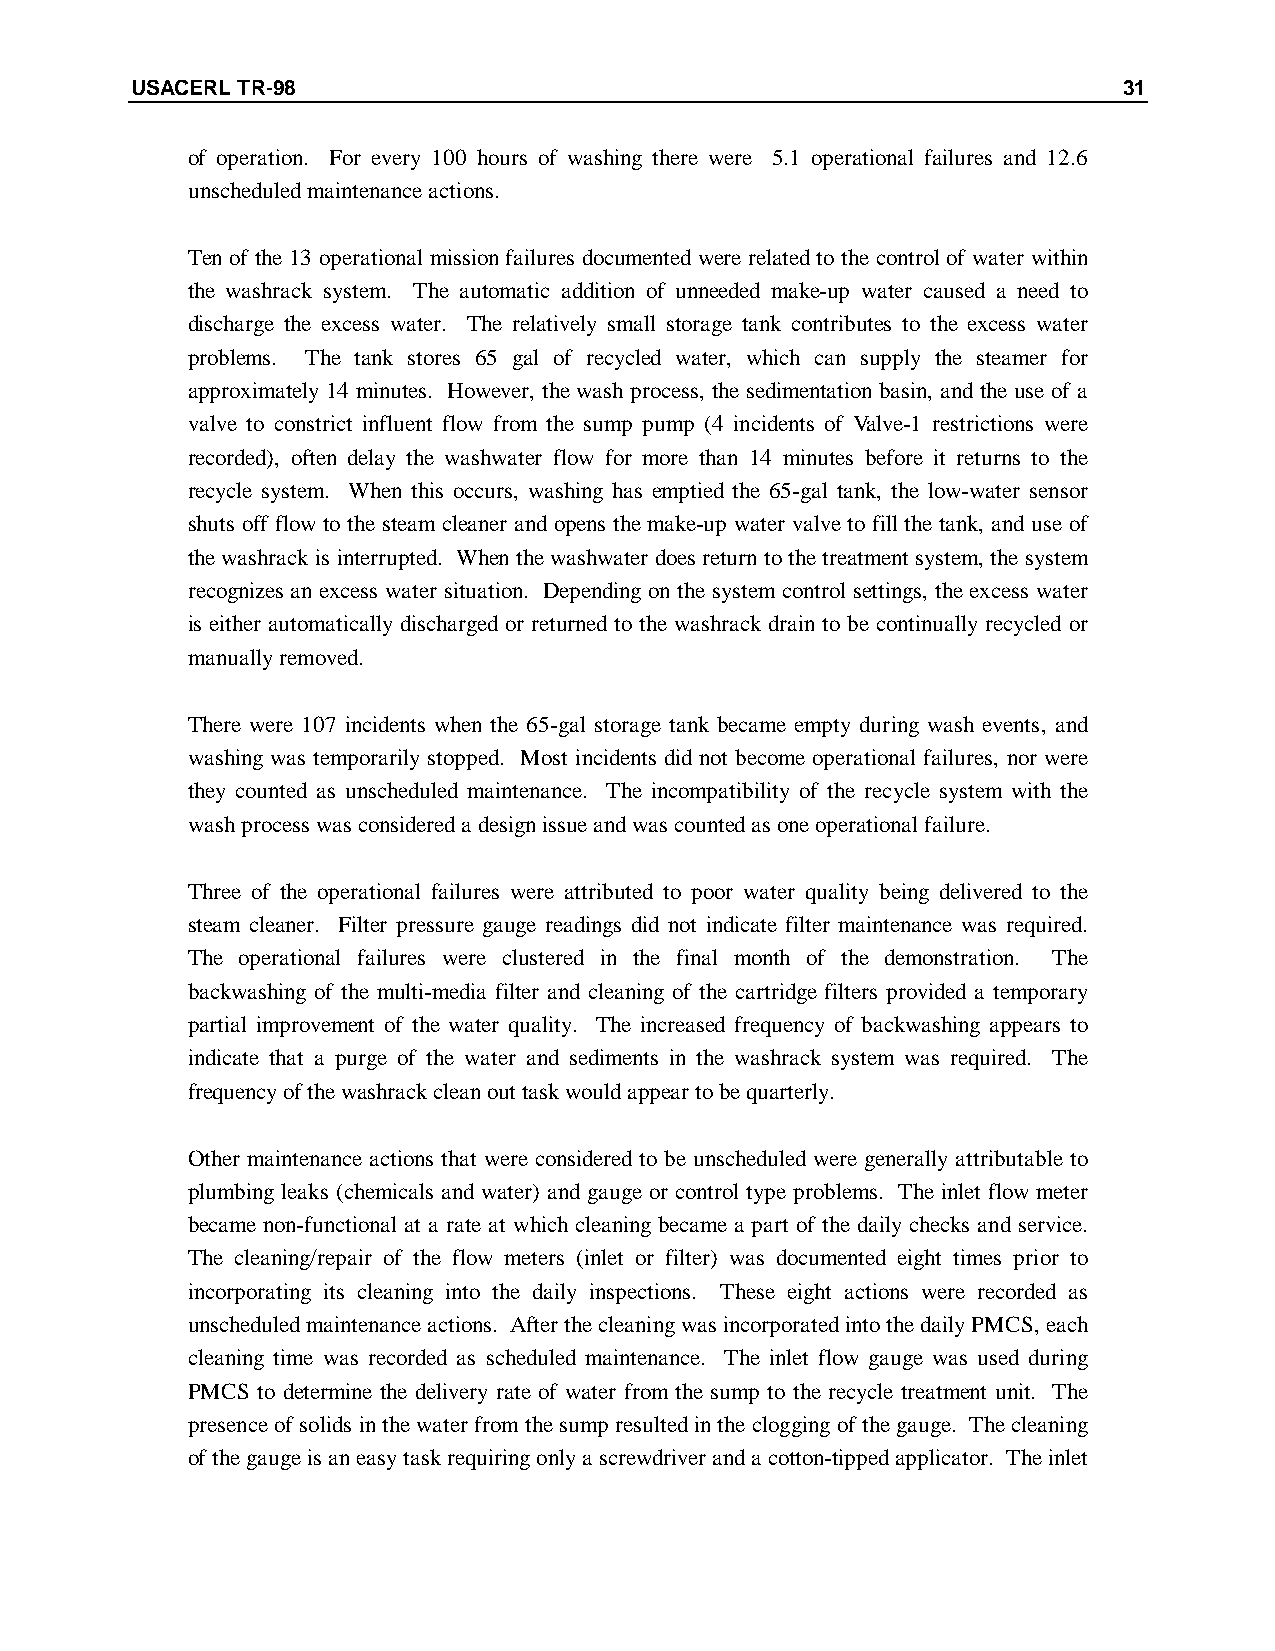
USACERL TR-98                                                    31
 of operation. For every 100 hours of washing there were 5.1 operational failures and 12.6
 unscheduled maintenance actions.
 Ten of the 13 operational mission failures documented were related to the control of water within
 the washrack system. The automatic addition of unneeded make-up water caused a need to
 discharge the excess water. The relatively small storage tank contributes to the excess water
 problems. The tank stores 65 gal of recycled water, which can supply the steamer for
 approximately 14 minutes. However, the wash process, the sedimentation basin, and the use of a
 valve to constrict influent flow from the sump pump (4 incidents of Valve-1 restrictions were
 recorded), often delay the washwater flow for more than 14 minutes before it returns to the
 recycle system. When this occurs, washing has emptied the 65-gal tank, the low-water sensor
 shuts off flow to the steam cleaner and opens the make-up water valve to fill the tank, and use of
 the washrack is interrupted. When the washwater does return to the treatment system, the system
 recognizes an excess water situation. Depending on the system control settings, the excess water
 is either automatically discharged or returned to the washrack drain to be continually recycled or
 manually removed.
 There were 107 incidents when the 65-gal storage tank became empty during wash events, and
 washing was temporarily stopped. Most incidents did not become operational failures, nor were
 they counted as unscheduled maintenance. The incompatibility of the recycle system with the
 wash process was considered a design issue and was counted as one operational failure.
 Three of the operational failures were attributed to poor water quality being delivered to the
 steam cleaner. Filter pressure gauge readings did not indicate filter maintenance was required.
 The operational failures were clustered in the final month of the demonstration. The
 backwashing of the multi-media filter and cleaning of the cartridge filters provided a temporary
 partial improvement of the water quality. The increased frequency of backwashing appears to
 indicate that a purge of the water and sediments in the washrack system was required. The
 frequency of the washrack clean out task would appear to be quarterly.
 Other maintenance actions that were considered to be unscheduled were generally attributable to
 plumbing leaks (chemicals and water) and gauge or control type problems. The inlet flow meter
 became non-functional at a rate at which cleaning became a part of the daily checks and service.
 The cleaning/repair of the flow meters (inlet or filter) was documented eight times prior to
 incorporating its cleaning into the daily inspections. These eight actions were recorded as
 unscheduled maintenance actions. After the cleaning was incorporated into the daily PMCS, each
 cleaning time was recorded as scheduled maintenance. The inlet flow gauge was used during
 PMCS to determine the delivery rate of water from the sump to the recycle treatment unit. The
 presence of solids in the water from the sump resulted in the clogging of the gauge. The cleaning
 of the gauge is an easy task requiring only a screwdriver and a cotton-tipped applicator. The inlet